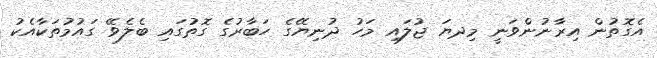
އެގޮތުން އިރާނުންވަނީ މިދޔަ ޖުލައި މަހު ދުނިޔޭގެ ހަބާރުގެ ގޮތުގައި ބެލެވޭ ގައުމުތަކާއެކު